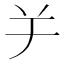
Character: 𦍍